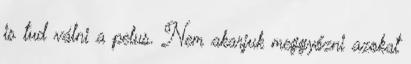
is tud válni a pelus. Nem akarjuk meggyőzni azokat